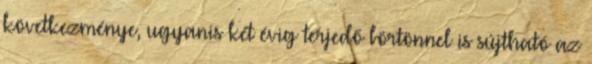
következménye, ugyanis két évig terjedő börtönnel is sújtható az